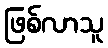
ဖြစ်လာသူ